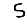
Digit: 5